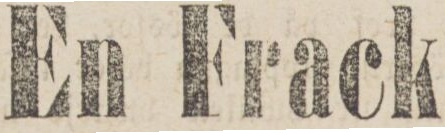
En Frack